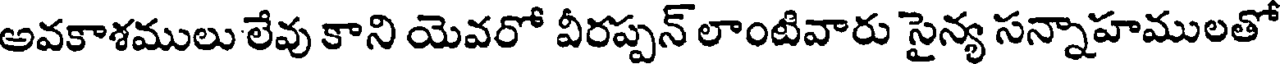
అవకాశములు లేవు కాని యెవరో వీరప్పన్ లాంటివారు సైన్య సన్నాహములతో